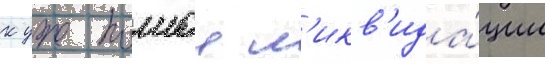
к уже полнои л'икв'ида́ции